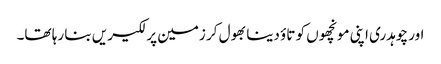
اور چوہدری اپنی مونچھوں کو تاؤ دینا بھول کر زمین پر لکیریں بنا رہا تھا۔